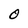
Character: O